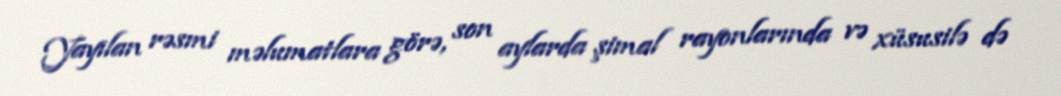
Yayılan rəsmi məlumatlara görə, son aylarda şimal rayonlarında və xüsusilə də